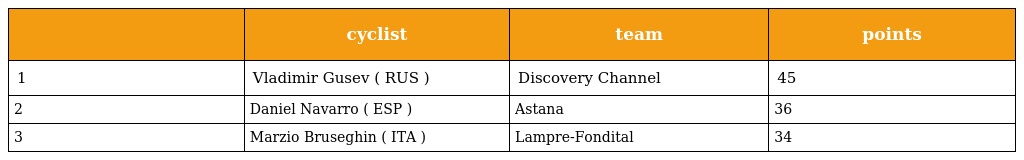
|  | cyclist | team | points |
 | --- | --- | --- | --- |
 | 1 | Vladimir Gusev ( RUS ) | Discovery Channel | 45 |
 | 2 | Daniel Navarro ( ESP ) | Astana | 36 |
 | 3 | Marzio Bruseghin ( ITA ) | Lampre-Fondital | 34 |